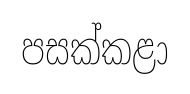
පසක්කළා